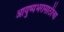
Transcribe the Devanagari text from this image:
आयुष्यभरासाठीचा